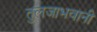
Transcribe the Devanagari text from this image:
तुलजाभवानी